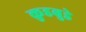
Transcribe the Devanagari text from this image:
कुडबुडे